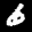
Label: 6